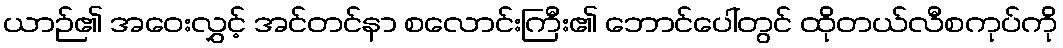
ယာဉ်၏ အဝေးလွှင့် အင်တင်နာ စလောင်းကြီး၏ ဘောင်ပေါ်တွင် ထိုတယ်လီစကုပ်ကို